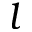
l